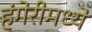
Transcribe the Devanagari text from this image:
हंगेरीमध्ये